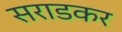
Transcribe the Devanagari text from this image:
सराडकर